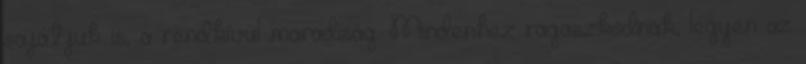
sajátjuk is, a rendkívül maradiság. Mindenhez ragaszkodnak, legyen az